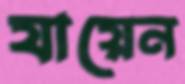
যায়েন